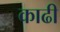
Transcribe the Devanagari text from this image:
काढी